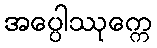
အပ္ပေါဿုက္ကေ